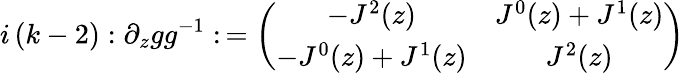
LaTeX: i\left(k-2\right):\partial_{z}gg^{-1}:\, =\left(\begin{array}{cc}{{-J^{2}(z)}}&{{J^{0}(z)+J^{1}(z)}}\\ {{-J^{0}(z)+J^{1}(z)}}&{{J^{2}(z)}}\end{array}\right)